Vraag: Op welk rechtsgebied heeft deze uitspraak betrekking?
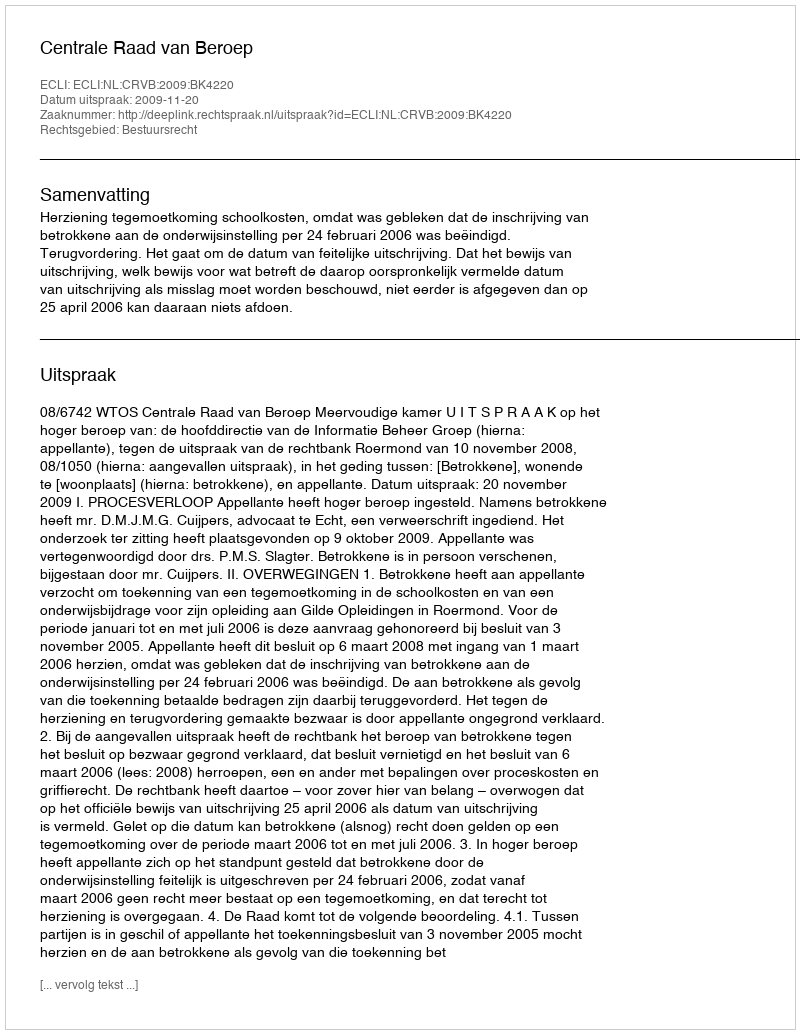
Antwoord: Bestuursrecht